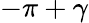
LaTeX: -\pi+\gamma